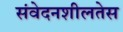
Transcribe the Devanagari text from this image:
संवेदनशीलतेस